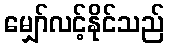
မျှော်လင့်နိုင်သည်